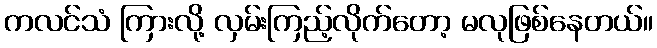
ကလင်သံ ကြားလို့ လှမ်းကြည့်လိုက်တော့ မလုဖြစ်နေတယ်။